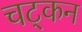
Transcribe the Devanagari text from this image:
चट्कन